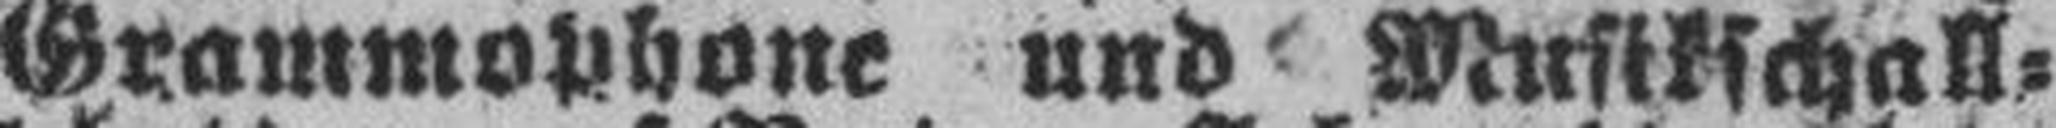
Grammophone und Musikschall¬